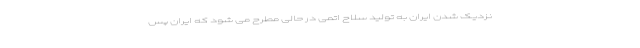
نزدیک شدن ایران به تولید سلاح اتمی در حالی مطرح می شود که ایران پس